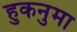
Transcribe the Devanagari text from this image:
हुकनुमा